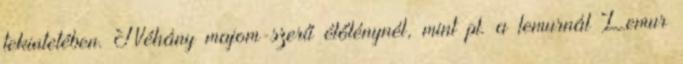
tekintetében. Néhány majom-szerű élőlénynél, mint pl. a lemurnál Lemur